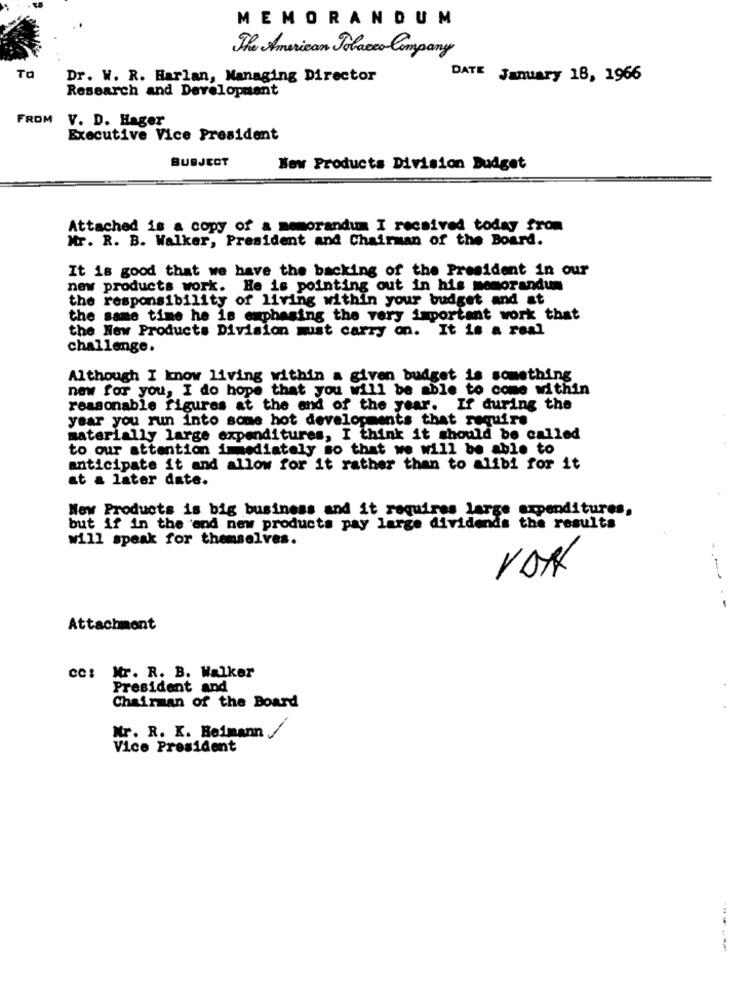
MEMORANDUM
The American Tobacco Company
TO
Dr. W. R. Harlan, Managing Director
DATE January 18, 1966
Research and Development
FROM V. D. Hager
Executive Vice President
SUBJECT
New Products Division Budget
Attached is a copy of a memorandum I received today from
Mr. R. B. Walker, President and Chairman of the Board.
It is good that we have the backing of the President in our
new products work. He is pointing out in his memorandum
the responsibility of living within your budget and at
the same time he is emphasing the very important work that
the New Products Division must carry on. It is a real
challenge.
Although I know living within a given budget is something
new for you, I do hope that you will be able to come within
reasonable figures at the end of the year. If during the
year you run into some hot developments that require
materially large expenditures, I think it should be called
to our attention immediately so that we will be able to
anticipate it and allow for it rather than to alibi for it
at a later date.
New Products is big business and it requires large expenditures,
but if in the and new products pay large dividends the results
will speak for themselves.
Attachment
cc: Mr. R. B. Walker
President and
Chairman of the Board
Mr. R. K. Beimann /
Vice President